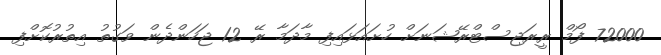
72000 ފޯމް ރީރަަޖިސްޓްރޭޝަނަށް ހުށައަޅައިފި މާދަމާ ރޭ 12 ޖަހަންދެން ވަގުތު އިތުރުކޮށްފި